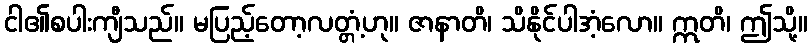
ငါ၏စပါးကျီသည်။ မပြည့်တော့လတ္တံ့ဟု။ ဇာနာတိ၊ သိနိုင်ပါအံ့လော။ ဣတိ၊ ဤသို့။